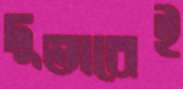
দুভাবেই